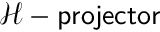
\mathcal { H } - \mathsf { p r o j e c t o r }